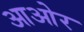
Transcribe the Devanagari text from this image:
आओर